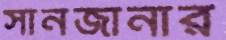
সানজানার